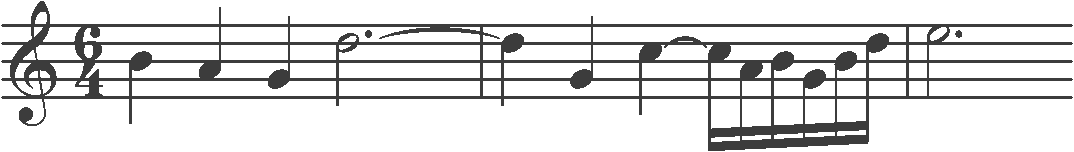
Transcription: clef-G2 timeSignature-6/4 note-B4_quarter note-A4_quarter note-G4_quarter note-D5_half. tie barline note-D5_quarter note-G4_quarter note-C5_quarter tie note-C5_sixteenth note-A4_sixteenth note-B4_sixteenth note-G4_sixteenth note-B4_sixteenth note-D5_sixteenth barline note-E5_half.